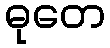
ဓုတေ